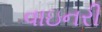
વાઇનરી